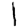
Digit: 1